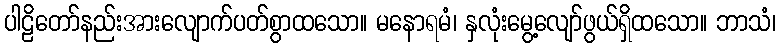
ပါဠိတော်နည်းအားလျောက်ပတ်စွာထသော။ မနောရမံ၊ နှလုံးမွေ့လျော်ဖွယ်ရှိထသော။ ဘာသံ၊